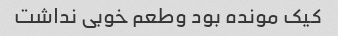
کیک مونده بود وطعم خوبی نداشت